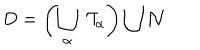
D = \left( \bigcup _ { \alpha } \ { \cal T } _ { \alpha } \right) \bigcup { \cal N }